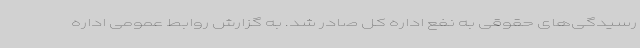
رسیدگی‌های حقوقی به نفع اداره کل صادر شد. به گزارش روابط عمومی اداره